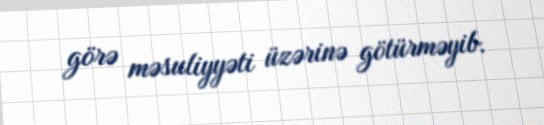
görə məsuliyyəti üzərinə götürməyib.